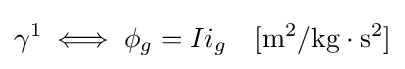
\gamma ^{1}\iff \phi _{g}=Ii_{g}\quad \mathrm {[m^{2}/kg\cdot s^{2}]}